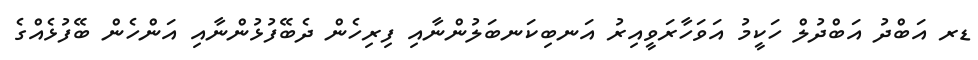
ޑރ އަބްދު އަބްދުލް ހަކީމު އަވަހާރަވީއިރު އަނބިކަނބަލުންނާއި ފިރިހެން ދެބޭފުޅުންނާއި އަންހެން ބޭފުޅެއްގެ